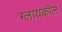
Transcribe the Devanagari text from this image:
ग्लायकॉल